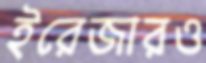
ইরেজারও